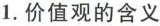
1.价值观的含义